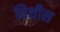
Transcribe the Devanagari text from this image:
विथीस